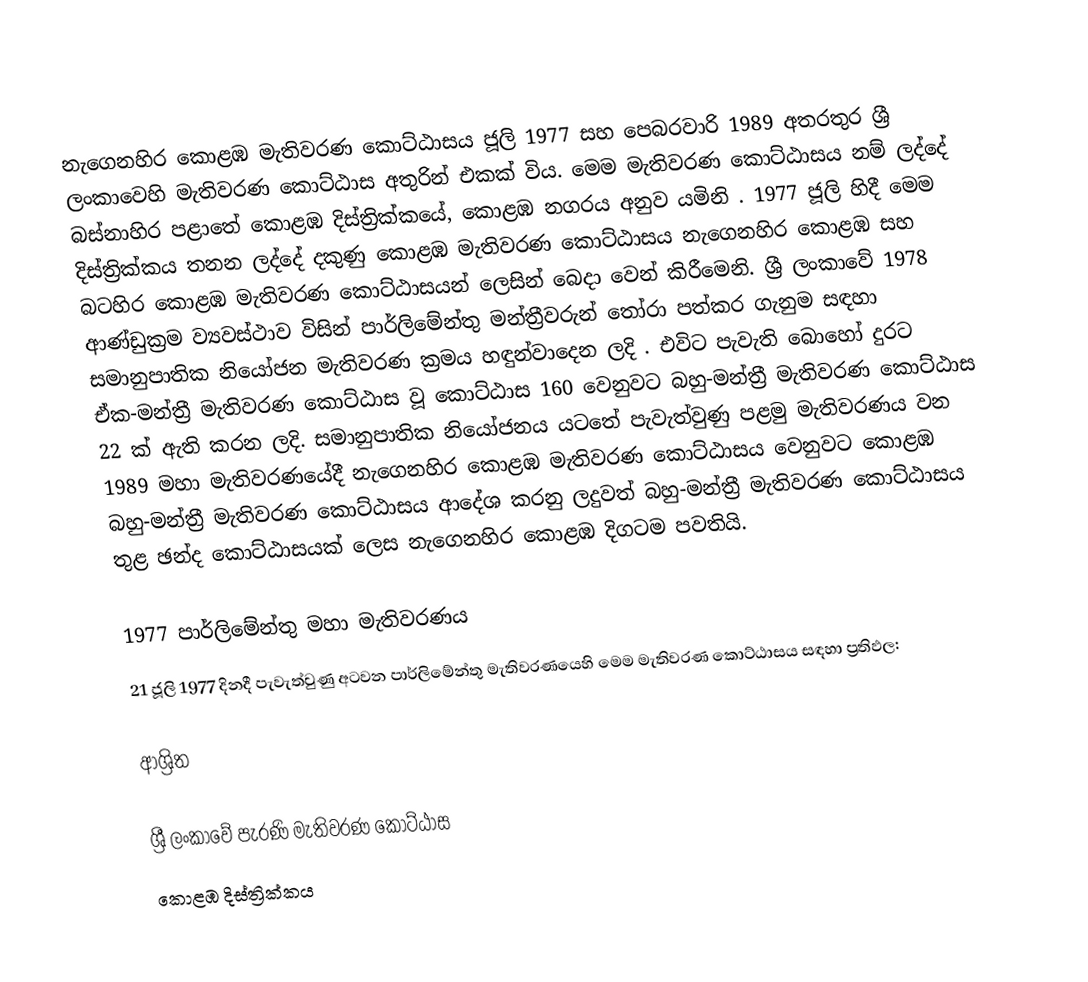
නැගෙනහිර කොළඹ මැතිවරණ කොට්ඨාසය  ජූලි  1977 සහ පෙබරවාරි 1989 අතරතුර  ශ්‍රී ලංකාවෙහි  මැතිවරණ කොට්ඨාස අතුරින් එකක් විය. මෙම මැතිවරණ කොට්ඨාසය නම් ලද්දේ  බස්නාහිර පළාතේ  කොළඹ දිස්ත්‍රික්කයේ,  කොළඹ නගරය අනුව යමිනි . 1977 ජූලි හිදී මෙම දිස්ත්‍රික්කය තනන ලද්දේ දකුණු කොළඹ මැතිවරණ කොට්ඨාසය නැගෙනහිර කොළඹ සහ බටහිර කොළඹ මැතිවරණ කොට්ඨාසයන් ලෙසින් බෙදා වෙන් කිරීමෙනි. ශ්‍රී ලංකාවේ 1978 ආණ්ඩුක්‍රම ව්‍යවස්ථාව විසින්   පාර්ලිමේන්තු මන්ත්‍රීවරුන් තෝරා පත්කර ගැනුම සඳහා සමානුපාතික නියෝජන මැතිවරණ ක්‍රමය හඳුන්වාදෙන ලදි . එවිට පැවැති බොහෝ දුරට  ඒක-මන්ත්‍රී මැතිවරණ කොට්ඨාස වූ කොට්ඨාස 160 වෙනුවට බහු-මන්ත්‍රී මැතිවරණ කොට්ඨාස 22 ක් ඇති කරන ලදි. සමානුපාතික නියෝජනය යටතේ පැවැත්වුණු පළමු මැතිවරණය වන 1989 මහා මැතිවරණයේදී  නැගෙනහිර කොළඹ මැතිවරණ කොට්ඨාසය වෙනුවට  කොළඹ බහු-මන්ත්‍රී මැතිවරණ කොට්ඨාසය  ආදේශ කරනු ලදුවත් බහු-මන්ත්‍රී මැතිවරණ කොට්ඨාසය තුළ ඡන්ද කොට්ඨාසයක් ලෙස නැගෙනහිර කොළඹ දිගටම පවතියි.

1977 පාර්ලිමේන්තු මහා මැතිවරණය
21 ජූලි 1977 දිනදී පැවැත්වුණු  අටවන පාර්ලිමේන්තු මැතිවරණයෙහි මෙම මැතිවරණ කොට්ඨාසය සඳහා ප්‍රතිඵල:

ආශ්‍රිත

ශ්‍රී ලංකාවේ පැරණි මැතිවරණ කොට්ඨාස
 කොළඹ දිස්ත්‍රික්කය